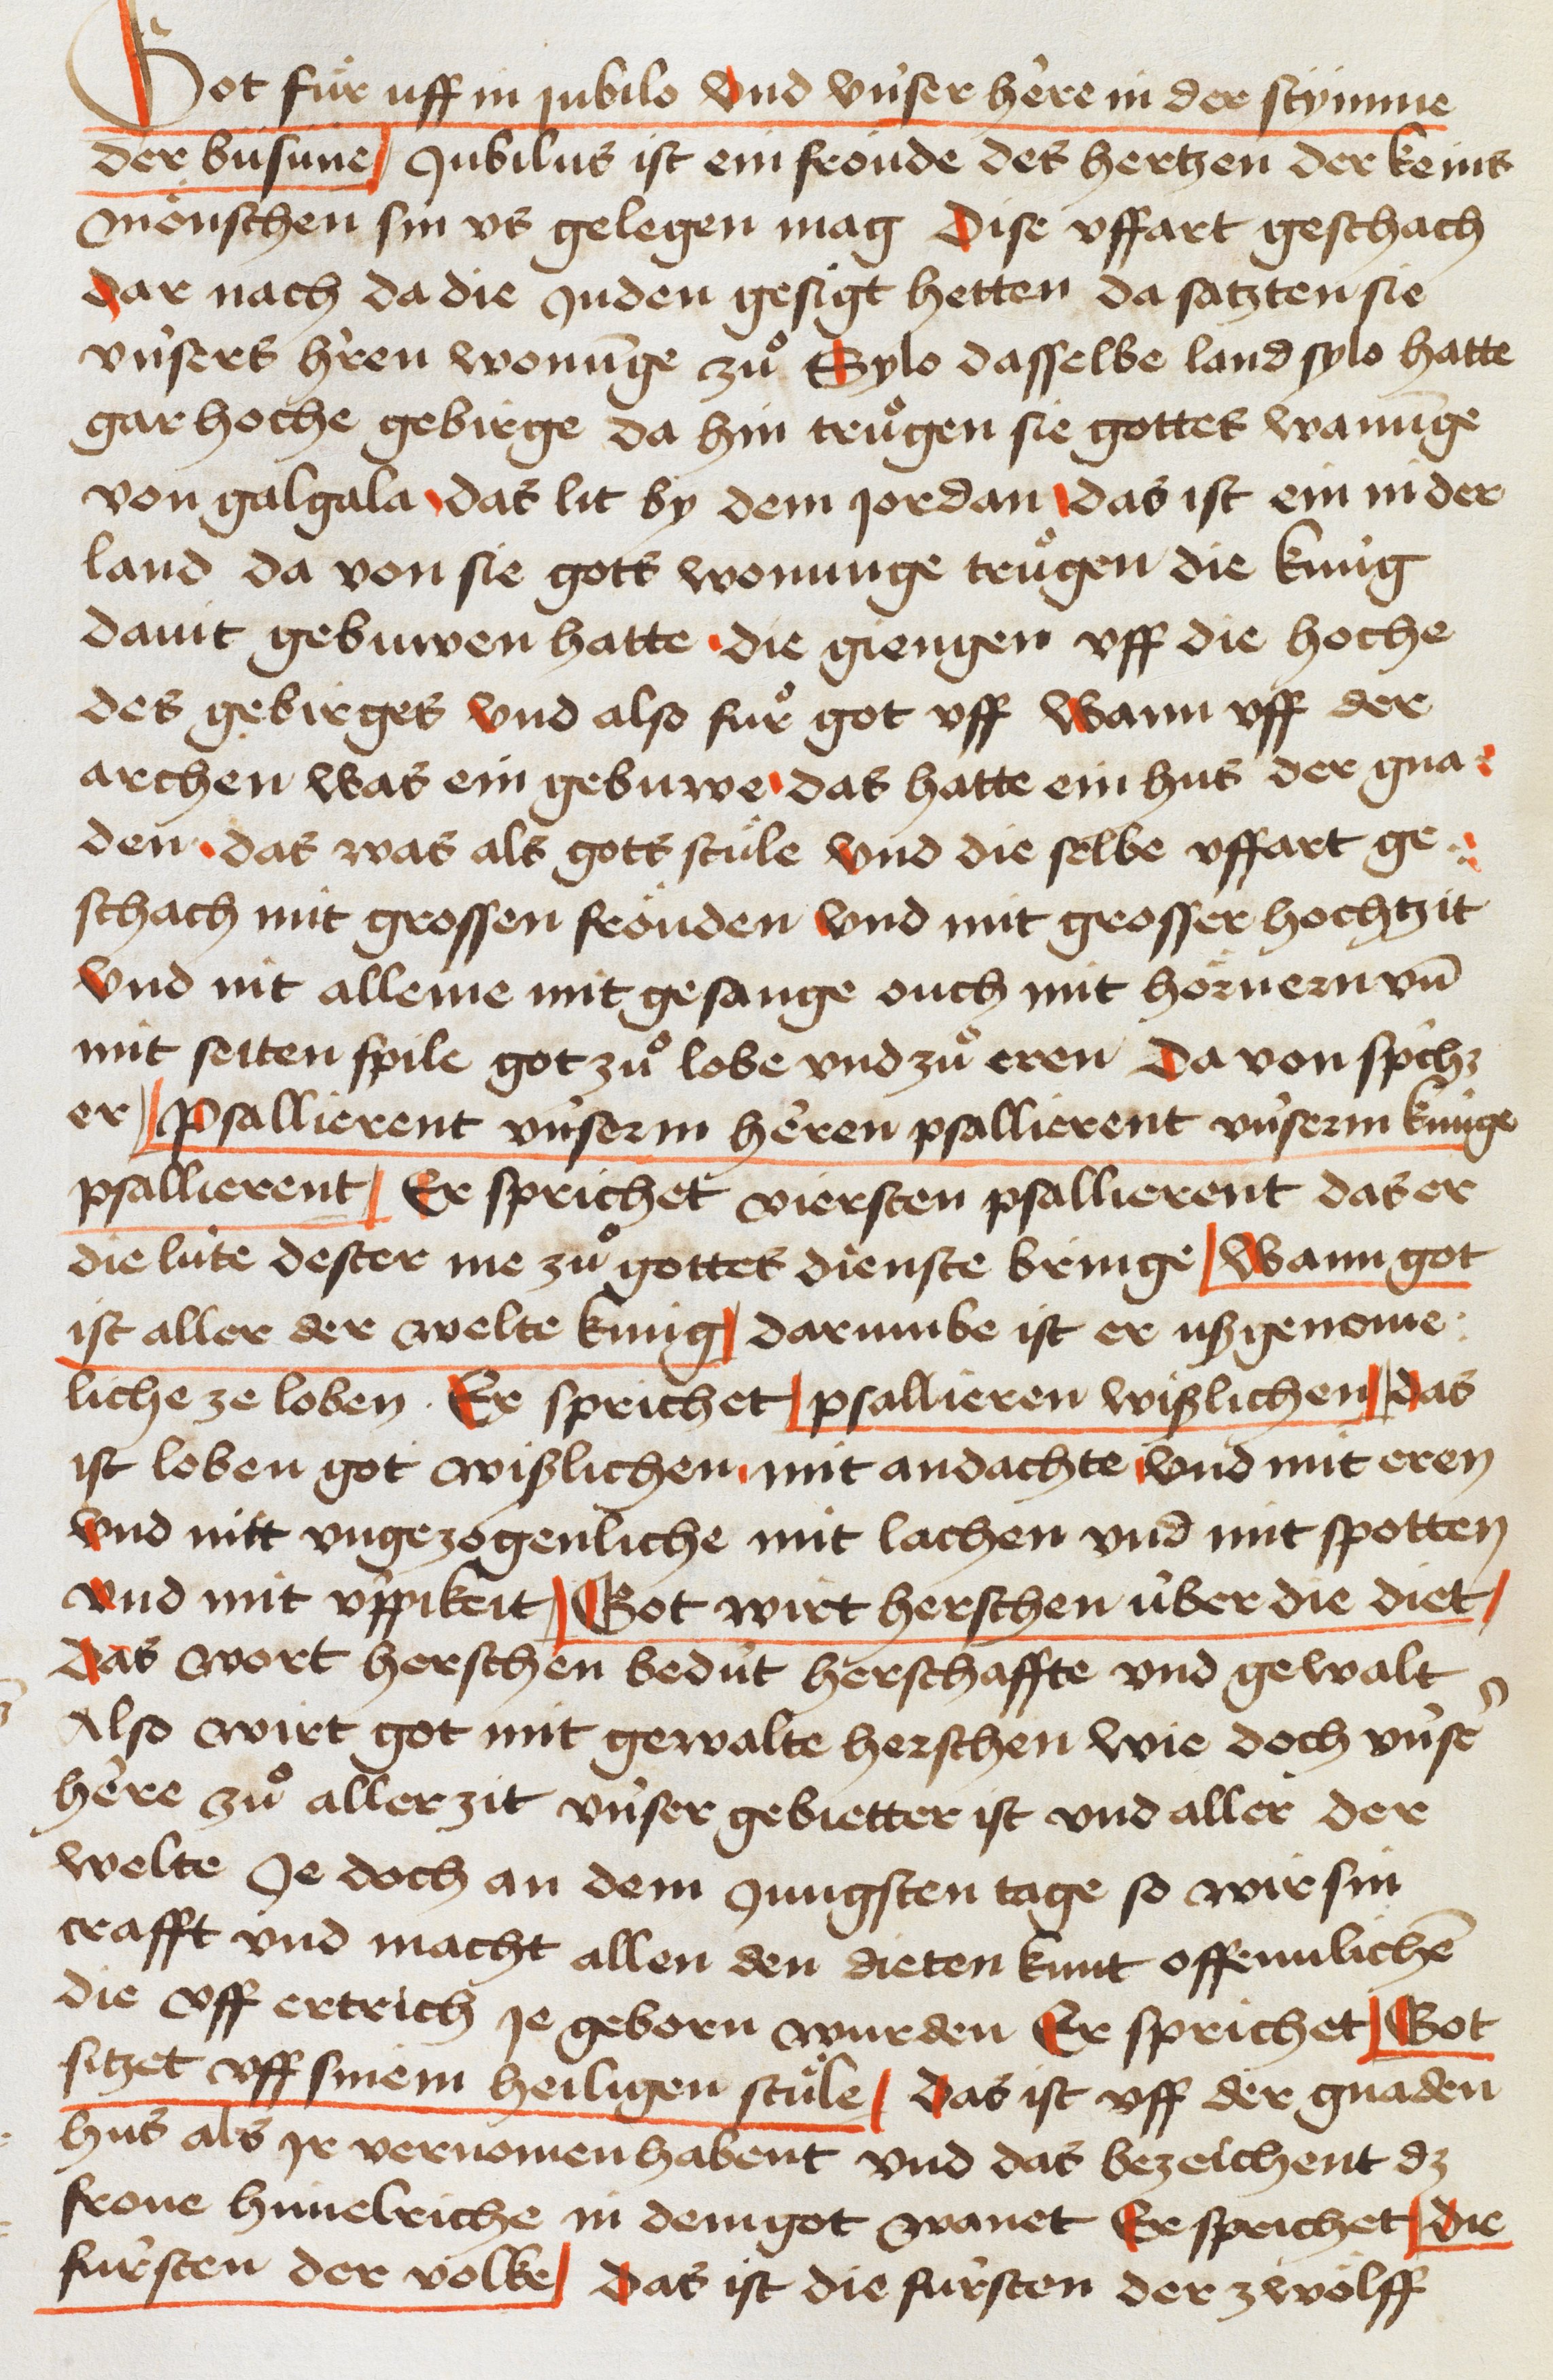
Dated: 1445–1475